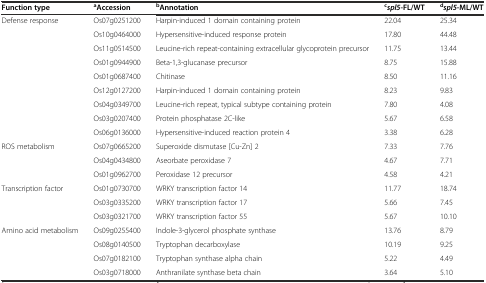
<table><thead><tr><td><b>Function type</b></td><td><b><sup>a</sup>Accession</b></td><td><b><sup>b</sup>Annotation</b></td><td><b><sup>c</sup><i>spl5</i>-FL/WT</b></td><td><b><sup>d</sup><i>spl5</i>-ML/WT</b></td></tr></thead><tbody><tr><td rowspan="9">Defense response</td><td>Os07g0251200</td><td>Harpin-induced 1 domain containing protein</td><td>22.04</td><td>25.34</td></tr><tr><td>Os10g0464000</td><td>Hypersensitive-induced response protein</td><td>17.80</td><td>44.48</td></tr><tr><td>Os11g0514500</td><td>Leucine-rich repeat-containing extracellular glycoprotein precursor</td><td>11.75</td><td>13.44</td></tr><tr><td>Os01g0944900</td><td>Beta-1,3-glucanase precursor</td><td>8.75</td><td>15.88</td></tr><tr><td>Os01g0687400</td><td>Chitinase</td><td>8.50</td><td>11.16</td></tr><tr><td>Os12g0127200</td><td>Harpin-induced 1 domain containing protein</td><td>8.23</td><td>9.83</td></tr><tr><td>Os04g0349700</td><td>Leucine-rich repeat, typical subtype containing protein</td><td>7.80</td><td>4.08</td></tr><tr><td>Os03g0207400</td><td>Protein phosphatase 2C-like</td><td>5.67</td><td>6.58</td></tr><tr><td>Os06g0136000</td><td>Hypersensitive-induced reaction protein 4</td><td>3.38</td><td>6.28</td></tr><tr><td rowspan="3">ROS metabolism</td><td>Os07g0665200</td><td>Superoxide dismutase [Cu-Zn] 2</td><td>7.33</td><td>7.76</td></tr><tr><td>Os04g0434800</td><td>Aseorbate peroxidase 7</td><td>4.67</td><td>7.71</td></tr><tr><td>Os01g0962700</td><td>Peroxidase 12 precursor</td><td>4.58</td><td>4.21</td></tr><tr><td rowspan="3">Transcription factor</td><td>Os01g0730700</td><td>WRKY transcription factor 14</td><td>11.77</td><td>18.74</td></tr><tr><td>Os03g0335200</td><td>WRKY transcription factor 17</td><td>5.66</td><td>7.45</td></tr><tr><td>Os03g0321700</td><td>WRKY transcription factor 55</td><td>5.67</td><td>10.10</td></tr><tr><td rowspan="4">Amino acid metabolism</td><td>Os09g0255400</td><td>Indole-3-glycerol phosphate synthase</td><td>13.76</td><td>8.79</td></tr><tr><td>Os08g0140500</td><td>Tryptophan decarboxylase</td><td>10.19</td><td>9.25</td></tr><tr><td>Os07g0182100</td><td>Tryptophan synthase alpha chain</td><td>5.22</td><td>4.49</td></tr><tr><td>Os03g0718000</td><td>Anthranilate synthase beta chain</td><td>3.64</td><td>5.10</td></tr></tbody></table>